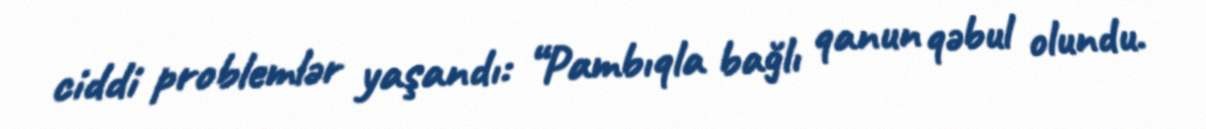
ciddi problemlər yaşandı: “Pambıqla bağlı qanun qəbul olundu.